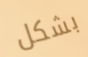
بشكل